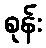
စုန်း